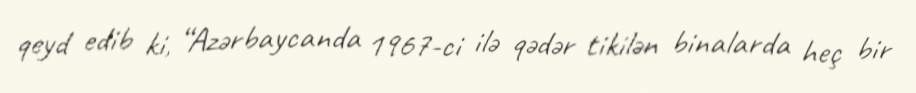
qeyd edib ki, “Azərbaycanda 1967-ci ilə qədər tikilən binalarda heç bir